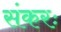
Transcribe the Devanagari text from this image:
संकरः